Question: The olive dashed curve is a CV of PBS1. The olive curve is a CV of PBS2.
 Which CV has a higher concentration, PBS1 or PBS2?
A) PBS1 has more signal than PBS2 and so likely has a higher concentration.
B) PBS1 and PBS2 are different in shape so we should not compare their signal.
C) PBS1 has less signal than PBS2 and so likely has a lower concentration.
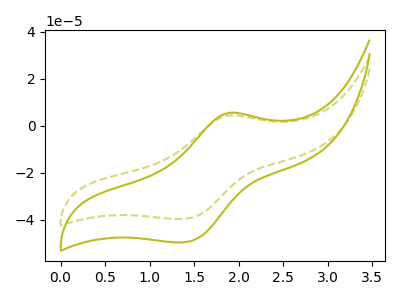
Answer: <think>The olive dashed curve "PBS1" has an anodic peak at (1.90V, 4.35uA) and a cathodic peak at (1.35V, -39.55uA). The olive curve "PBS2" has an anodic peak at (1.90V, 5.45uA) and a cathodic peak at (1.35V, -49.55uA).
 All the peaks in "PBS1" have a peak in "PBS2" at the same potential. Every peak in "PBS1" is lower than every peak in "PBS2".</think>
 <answer>C) "PBS1" has less signal than "PBS2" and so likely has a lower concentration.</answer>
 <eval>C</eval>